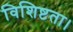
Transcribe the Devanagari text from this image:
विशिष्टता।